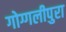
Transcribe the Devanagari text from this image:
गोग्गलीपुरा